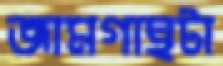
জামগাছটা